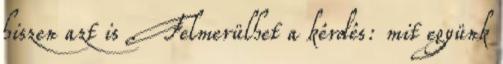
hiszen azt is . Felmerülhet a kérdés: mit együnk